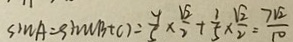
\sin A = \sin ( B + C ) = \frac { 4 } { 5 } \times \frac { \sqrt { 2 } } { 2 } + \frac { 3 } { 5 } \times \frac { \sqrt { 2 } } { 2 } = \frac { 7 \sqrt { 2 } } { 1 0 }